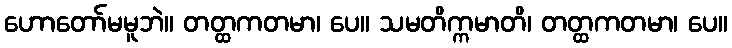
ဟောတော်မမူဘဲ။ တတ္ထကတမာ၊ ပေ။ သမတိက္ကမာတိ၊ တတ္ထကတမာ၊ ပေ။